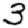
Digit: 3